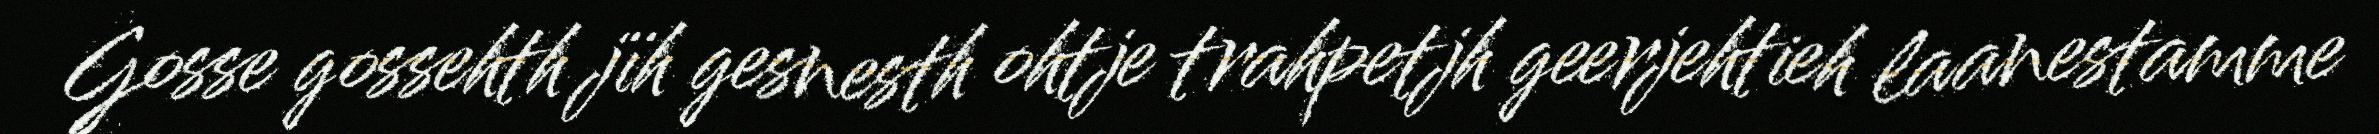
Gosse gossehth jïh gesnesth ohtje trahpetjh geerjehtieh laanestamme